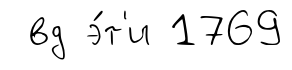
вд э́т'и 1769